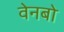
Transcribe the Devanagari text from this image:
वेनबो